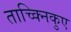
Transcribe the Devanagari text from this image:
ताच्क्निकुए